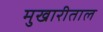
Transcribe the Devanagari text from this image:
मुखारीताल